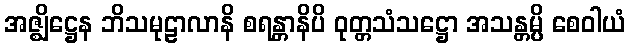
အဇ္ဈိဋ္ဌေန ဘိသမုဠာလာနိ စရန္တာနိပိ ဝုတ္တသံသဋ္ဌော အသန္တမ္ပိ စေဝါယံ